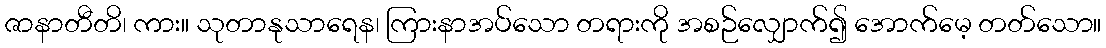
ဇာနာတီတိ၊ ကား။ သုတာနုသာရေန၊ ကြားနာအပ်သော တရားကို အစဉ်လျှောက်၍ အောက်မေ့ တတ်သော။